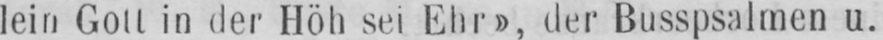
lein Gott in der Höh sei Ehr», der Busspsalmen u.